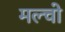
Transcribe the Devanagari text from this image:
मल्चो